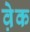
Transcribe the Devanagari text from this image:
व़ेक